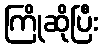
ကြိုဆိုပြီး